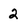
Character: 2